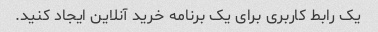
یک رابط کاربری برای یک برنامه خرید آنلاین ایجاد کنید.